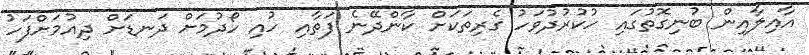
އާއިލާއިން ބުނިގޮތުގައި ހުކުރުދުވަހު ގެރިތަކަށް ކާންދޭނެ ފަތާއި ހުއި ހޯދުމަށް ދަނޑަށް ދިއުމަށްފަހު